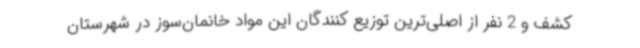
کشف و 2 نفر از اصلی‌ترین توزیع کنندگان این مواد خانمان‌سوز در شهرستان